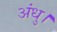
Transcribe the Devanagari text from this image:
अंधु।